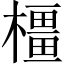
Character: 橿